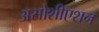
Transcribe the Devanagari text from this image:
असोशीएशन